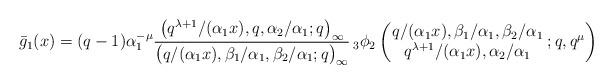
LaTeX: \begin{align*}\bar{g}_1(x) &= (q-1)\alpha_1^{-\mu}\frac{\big(q^{\lambda+1}/(\alpha_1 x), q, \alpha_2/\alpha_1;q\big)_{\infty}}{\big(q/(\alpha_1 x), \beta_1/\alpha_1, \beta_2/\alpha_1 ;q\big)_{\infty}} \,{}_3\phi_2 \left(\!\!\begin{array}{c} q/(\alpha_1 x), \beta_1/\alpha_1, \beta_2/\alpha_1\\ q^{\lambda+1}/(\alpha_1 x), \alpha_2/\alpha_1 \end{array}\! ;q,q^{\mu} \right)\end{align*}